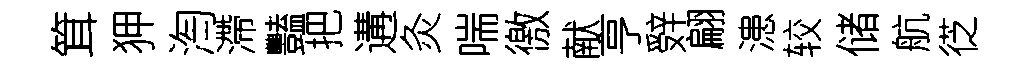
䇯狎淘滯豔把遘灸喘徼献亨辤翩漶较储航徔